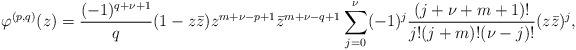
\begin{align*}\varphi^{(p,q)}(z)=\frac{(-1)^{q+\nu+1}}{q}(1-z\bar{z})z^{m+\nu-p+1}\bar{z}^{m+\nu-q+1}\sum_{j=0}^{\nu}(-1)^j\frac{(j+\nu+m+1)!}{j!(j+m)!(\nu-j)!}(z\bar{z})^j,\end{align*}